King Institute of Preventive Medicine Micro-Biological Section reports 1912-19
Year: 1912
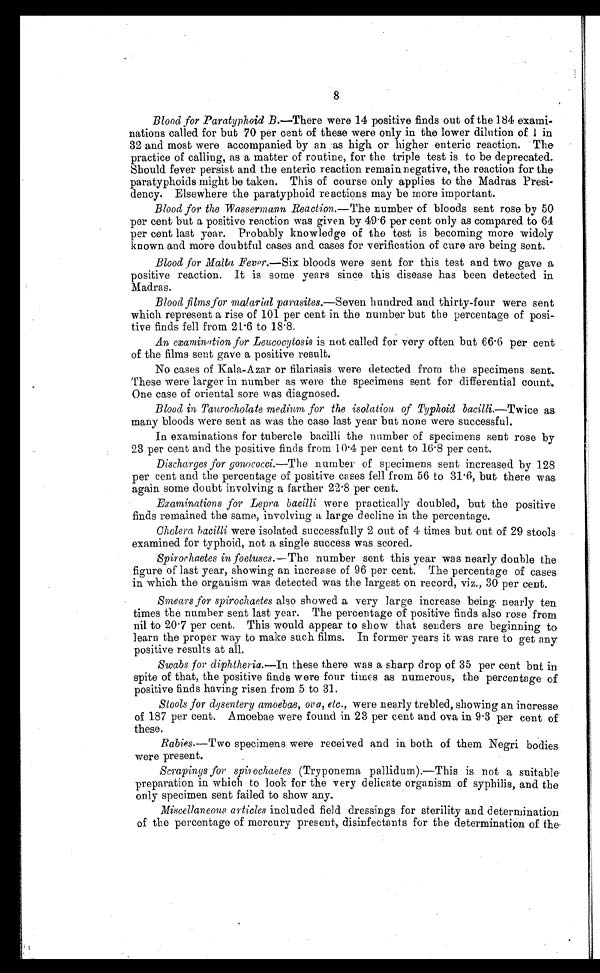
8
Blood for Paratyphoid B .—There were 14 positive finds out of the 184 exami-
nations called for but 70 per cent of these were only in the lower dilution of I in
32 and most were accompanied by an as high or higher enteric reaction. The
practice of calling, as a matter of routine, for the triple test is to be deprecated.
Should fever persist and the enteric reaction remain negative, the reaction for the
paratyphoids might be taken. This of course only applies to the Madras Presi-
dency. Elsewhere the paratyphoid reactions may be more important.
Blood for the Wassermann Reaction .—The number of bloods sent rose by 50
per cent but a positive reaction was given by 49.6 per cent only as compared to 64
per cent last year. Probably knowledge of the test is becoming more widely
known and more doubtful cases and cases for verification of cure are being sent.
Blood for Malta Fever .—Six bloods were sent for this test and two gave a
positive reaction. It is some years since this disease has been detected in
Madras.
Blood films for malarial parasites .—Seven hundred and thirty-four were sent
which represent a rise of 101 per cent in the number but the percentage of posi
¬ t i v e f i n d s f e l l f r o m 2 1 . 6 t o 1 8 . 8 .
An examination for Leucocytosis is not called for very often but 66.6 per cent
of the films sent gave a positive result.
No cases of Kala-Azar or filariasis were detected from the specimens sent.
These were larger in number as were the specimens sent for differential count.
One case of oriental sore was diagnosed.
Blood in Taurocholate medium for the isolation of Typhoid bacilli .—Twice as
many bloods were sent as was the case last year but none were successful.
In examinations for tubercle bacilli the number of specimens sent rose by
23 per cent and the positive finds from 10.4 per cent to 16.8 per cent.
Discharges for gonococci .—The number of specimens sent increased by 128
per cent and the percentage of positive cases fell from 56 to 31 . 6, but there was
again some doubt involving a farther 22.8 per cent.
Examinations for Lepra, bacilli were practically doubled, but the positive
finds remained the same, involving a large decline in the percentage.
Cholera bacilli were isolated successfully 2 out of 4 times but out of 29 stools
examined for typhoid, not a single success was scored.
Spirochaetes in foetuses .— The number sent this year was nearly double the
figure of last year, showing an increase of 96 per cent. The percentage of cases
in which the organism was detected was the largest on record, viz., 30 per cent.
Smears for spirochaetes also showed a very large increase being nearly ten
times the number sent last year. The percentage of positive finds also rose from
nil to 20.7 per cent. This would appear to show that senders are beginning to
learn the proper way to make such films. In former years it was rare to get any
positive results at all.
Swabs for diphtheria.—In these there was a sharp drop of 35 per cent but in
spite of that, the positive finds were four times as numerous, the percentage of
positive finds having risen from 5 to 31.
Stools for dysentery amoebae, ova, etc. , were nearly trebled, showing an increase
of 187 per cent. Amoebae were found in 23 per cent and ova in 9.3 per cent of
these.
Rabies .—Two specimens were received and in both of them Negri bodies
were present.
Scrapings for spirochaetes (Tryponema pallidum).—This is not a suitable
preparation in which to look for the very delicate organism of syphilis, and the
only specimen sent failed to show any.
Miscellaneous articles included field dressings for sterility and determination
of the percentage of mercury present, disinfectants for the determination of the